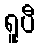
ရူပီ